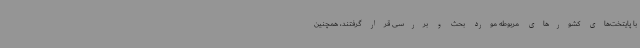
با پایتخت‌های کشورهای مربوطه مورد بحث و بررسی قرار گرفتند، همچنین